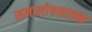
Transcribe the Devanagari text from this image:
समालोचनात्म्क